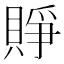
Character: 𧶄